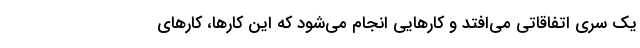
یک سری اتفاقاتی می‌افتد و کارهایی انجام‌ می‌شود که این کارها، کارهای